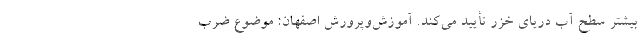
بیشتر سطح آب دریای خزر تأیید می‌کند. آموزش‌وپرورش اصفهان: موضوع ضرب